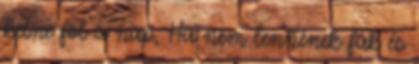
kelne föl a nap, Ha nem lennének fák és